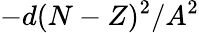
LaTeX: -d(N-Z)^{2}/A^{2}